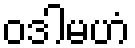
ဝဒါမဟံ